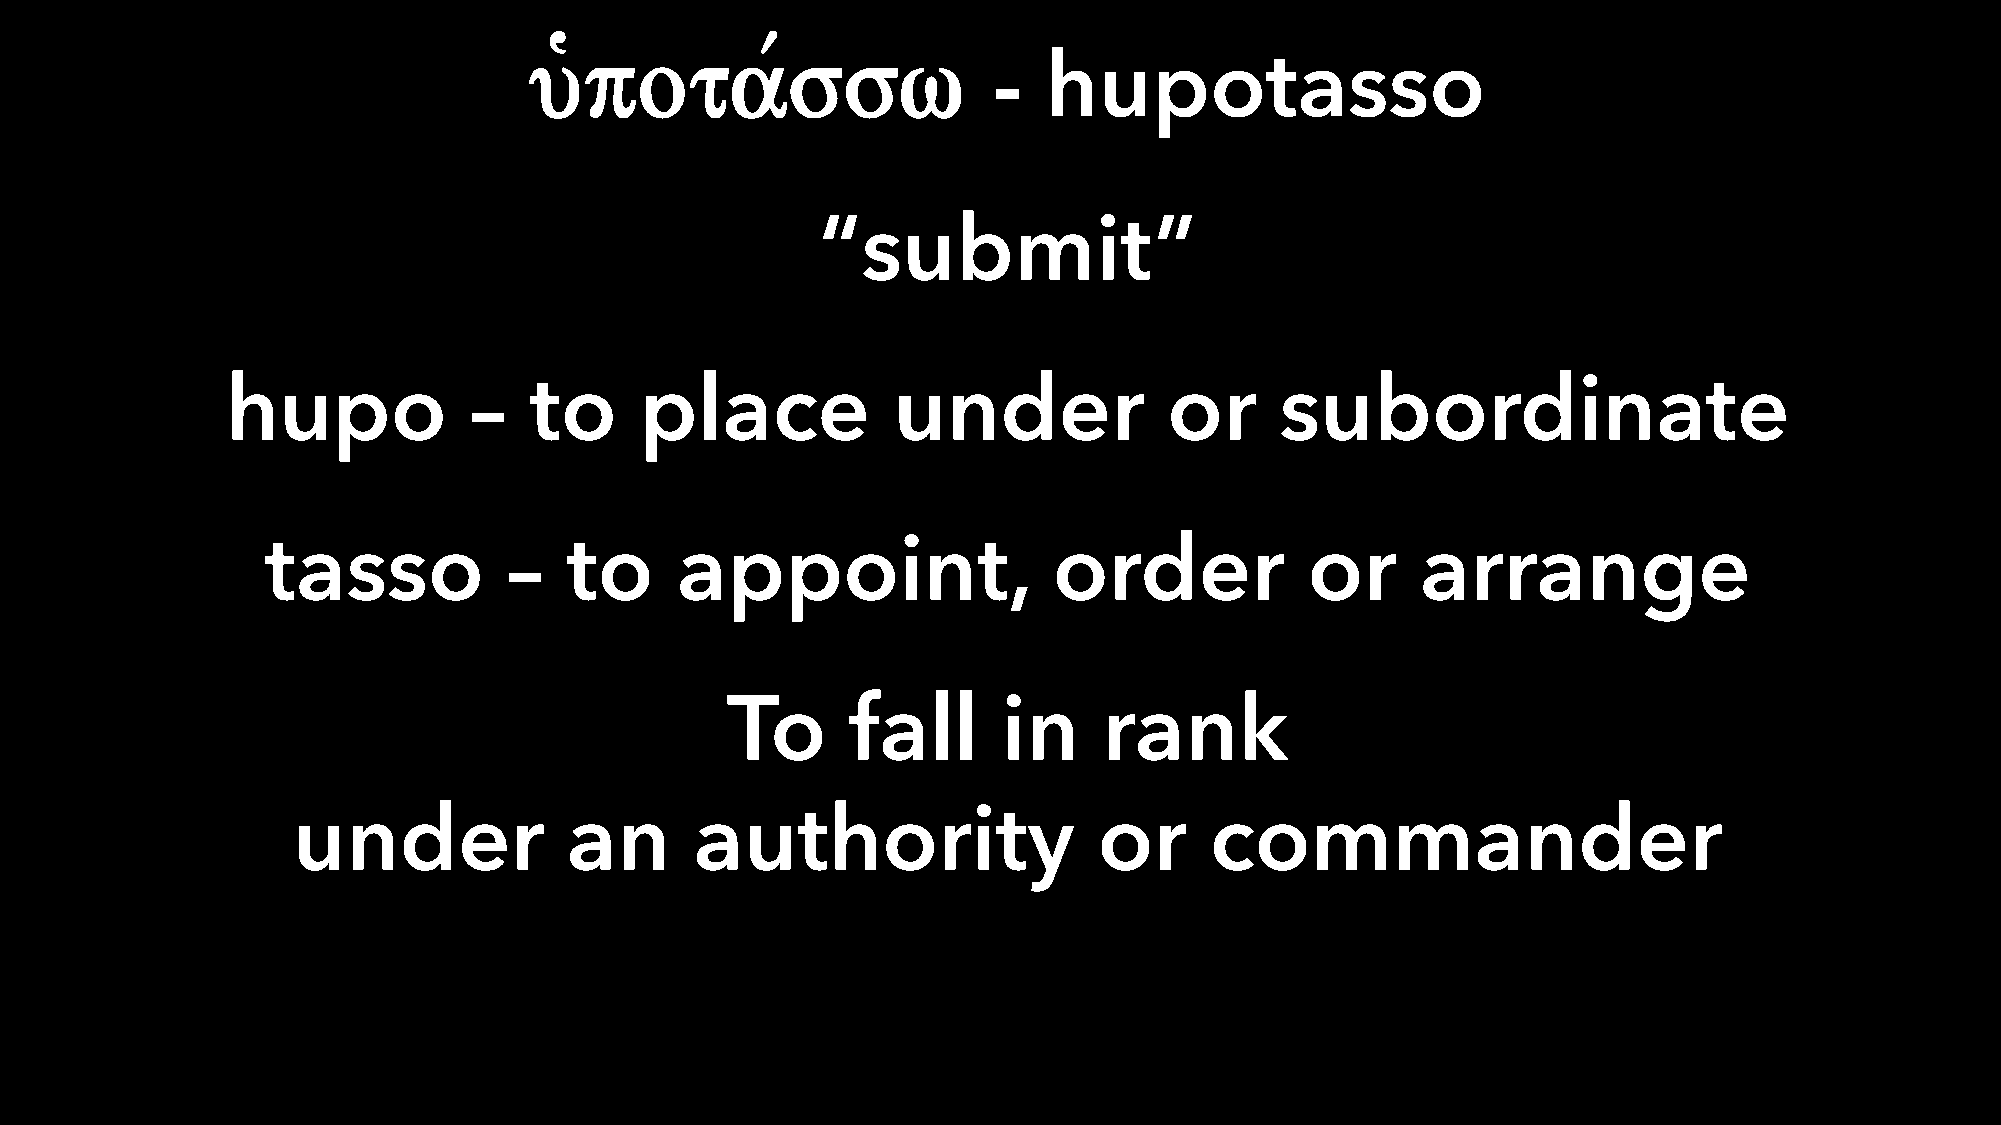
uJpotavssw                     -  hupotasso
 “submit”
 hupo            –   to     place            under             or      subordinate
 tasso           –  to      appoint,                 order            or     arrange
 To      fall      in     rank
 under             an       authority                  or     commander